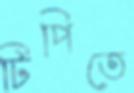
টিপিতে